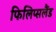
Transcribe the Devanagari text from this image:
फिलिप्सलैंड